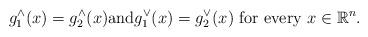
LaTeX: \begin{align*}g_{1}^{\wedge}(x) = g_{2}^{\wedge}(x) \mbox{and} g_{1}^{\vee}(x) = g_{2}^{\vee}(x) \mbox{ for every } x \in \mathbb{R}^{n}.\end{align*}